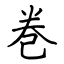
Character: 巻